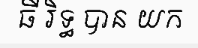
ធី រិទ្ធ បាន យក